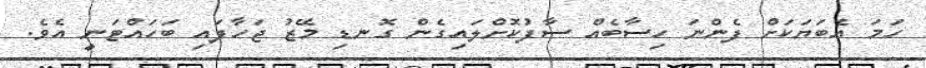
ހަމަ އެބަޔަކަށް ފެންނަ ހިސާބެއް ސާފުކޮށްލައިގެން ގޮނޑި މޭޒު ޖަހާފައި ބަހައްޓަނީ އެވެ.